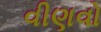
વીણવો